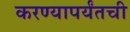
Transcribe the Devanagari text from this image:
करण्यापर्यंतची